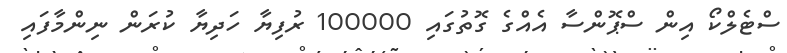
ސްޓެލްކޯ އިން ސްޕޮންސާ އެއްގެ ގޮތުގައި 100000 ރުފިޔާ ހަދިޔާ ކުރަން ނިންމާފައި